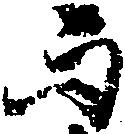
而